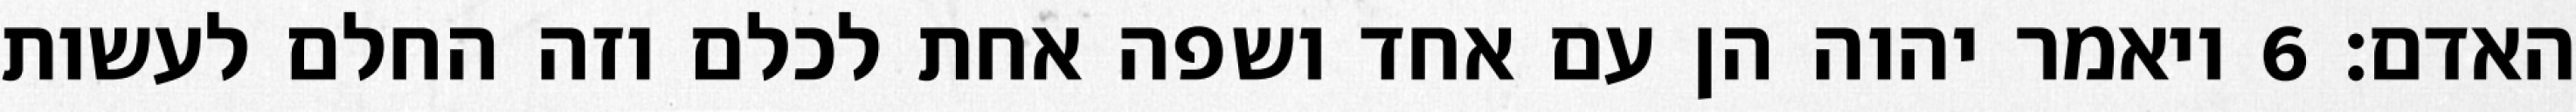
האדם׃ ‎6‏ ויאמר יהוה הן עם אחד ושפה אחת לכלם וזה החלם לעשות